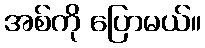
အစ်ကို ပြောမယ်။